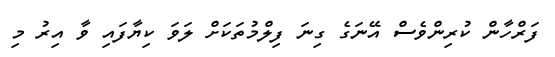
ފަރްހާން ކުރިންވެސް އޭނަގެ ގިނަ ފިލްމުތަކަށް ލަވަ ކިޔާފައި ވާ އިރު މި